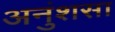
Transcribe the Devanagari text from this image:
अनुंशसा